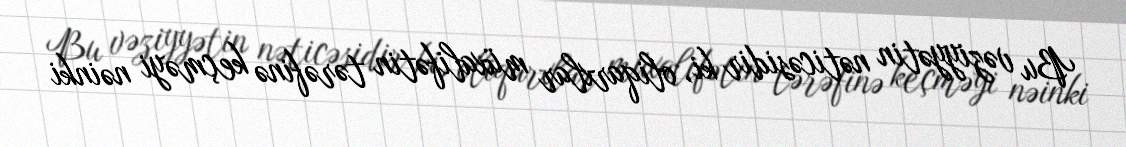
Bu vəziyyətin nəticəsidir ki, oliqarxlar müxalifətin tərəfinə keçməyi nəinki